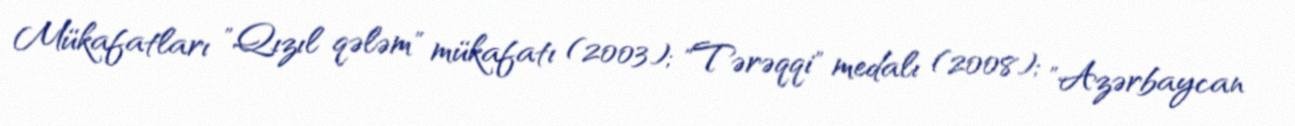
Mükafatları "Qızıl qələm" mükafatı (2003); "Tərəqqi" medalı (2008); "Azərbaycan